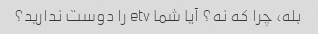
بله، چرا که نه؟ آیا شما etv را دوست ندارید؟